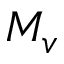
M _ { v }